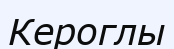
Кероглы